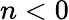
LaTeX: n<0